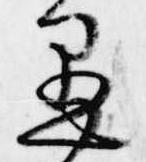
愚